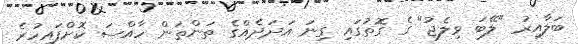
ބަލާއިރު "ލޭބަ ވިލެޖު" ގެ ގޮތުގައި ގިނަ އަދަދެއްގެ ތަންތަން ހާއްސަ ކޮށްފައިހުރެ